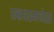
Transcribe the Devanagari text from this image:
स्कारामजेस